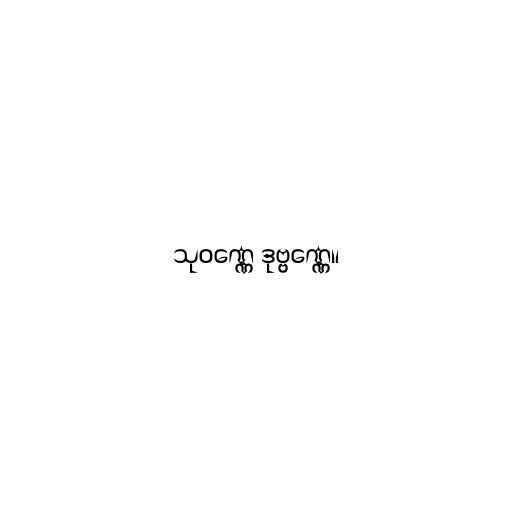
သုဝဏ္ဏေ ဒုဗ္ဗဏ္ဏေ။